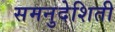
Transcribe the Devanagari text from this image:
समनुदेशिती